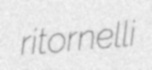
ritornelli